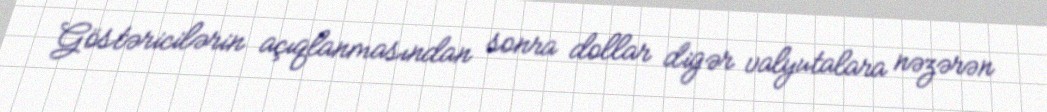
Göstəricilərin açıqlanmasından sonra dollar digər valyutalara nəzərən